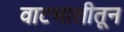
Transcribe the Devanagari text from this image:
वाटचालीतून